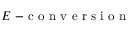
E \mathrm { ~ - ~ c ~ o ~ n ~ v ~ e ~ r ~ s ~ i ~ o ~ n ~ }